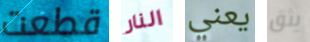
قطعت النار يعني يثق